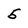
Character: 5